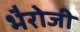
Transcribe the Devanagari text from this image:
भैरोजी